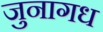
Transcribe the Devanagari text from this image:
जुनागध